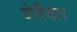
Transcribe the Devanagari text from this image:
घेरीदार